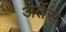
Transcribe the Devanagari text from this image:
अर्तेस